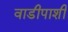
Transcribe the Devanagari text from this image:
वाडीपाशी